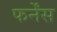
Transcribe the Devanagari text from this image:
फर्नेंस